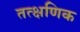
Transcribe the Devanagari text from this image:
तत्क्षणिक